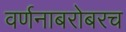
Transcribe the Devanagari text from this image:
वर्णनाबरोबरच